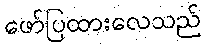
ဖော်ပြထားလေသည်